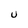
Character: U